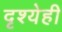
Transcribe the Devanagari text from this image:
दृश्येही